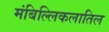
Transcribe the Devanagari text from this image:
मंबिल्लिकलातिल